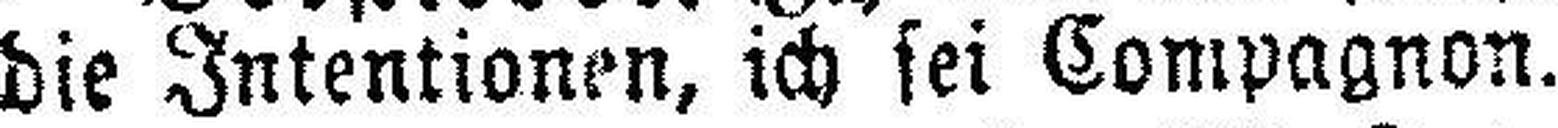
die Intentionen, ich sei Compagnon.